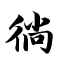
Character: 徜